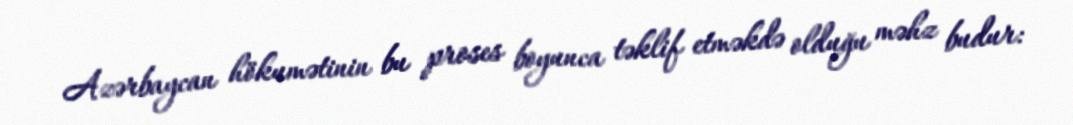
Azərbaycan hökumətinin bu proses boyunca təklif etməkdə olduğu məhz budur: